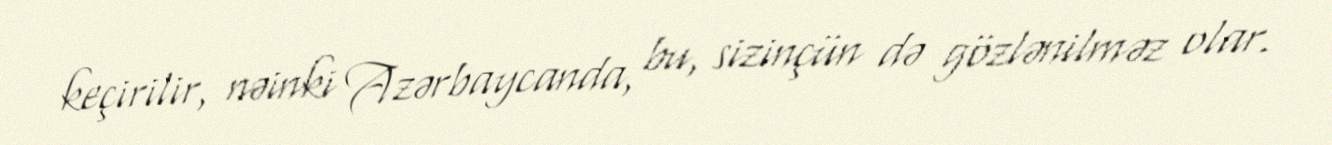
keçirilir, nəinki Azərbaycanda, bu, sizinçün də gözlənilməz olar.